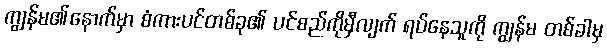
ကျွန်မ၏နောက်မှာ စံကားပင်တစ်ခု၏ ပင်စည်ကိုမှီလျက် ရပ်နေသူကို ကျွန်မ တစ်ခါမှ